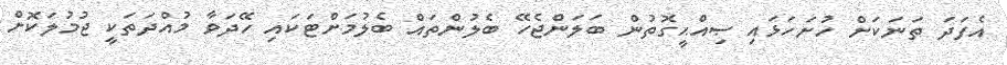
އެފަދަ ތަނަކަށް ހުށަހަޅައި ޞިއްޙީގޮތުން ބަލަންޖެހޭ ބެލުންތައް ބެލުމަށްޓަކައި ހޭދަވާ މުއްދަތަކީ ޖުމުލަކޮށް